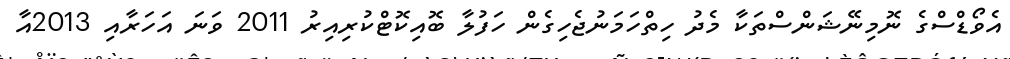
އެވޯޑްސްގެ ނޮމިނޭޝަންސްތަކާ މެދު ހިތްހަމަނުޖެހިގެން ހަފުލާ ބޮއިކޮޓްކުރިއިރު 2011 ވަނަ އަހަރާއި 2013އާ